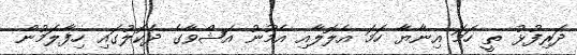
ދަރިފުޅު ތީ ހަމަ އިނާޔާ ހަމަ އެލޮލާއި އެމޫނު އަޝްވާގެ ދެކޮލުގައި ހިފާލަމުން